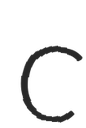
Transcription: C